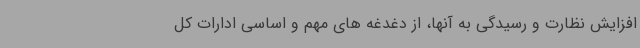
افزایش نظارت و رسیدگی به آنها، از دغدغه های مهم و اساسی ادارات کل